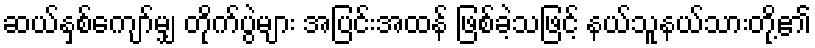
ဆယ်နှစ်ကျော်မျှ တိုက်ပွဲများ အပြင်းအထန် ဖြစ်ခဲ့သဖြင့် နယ်သူနယ်သားတို့၏